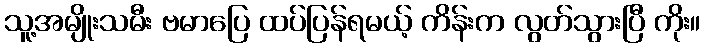
သူ့အမျိုးသမီး ဗမာပြေ ထပ်ပြန်ရမယ့် ကိန်းက လွတ်သွားပြီ ကိုး။